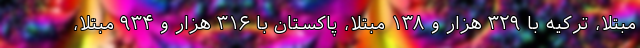
مبتلا، ترکیه با ۳۲۹ هزار و ۱۳۸ مبتلا، پاکستان با ۳۱۶ هزار و ۹۳۴ مبتلا،